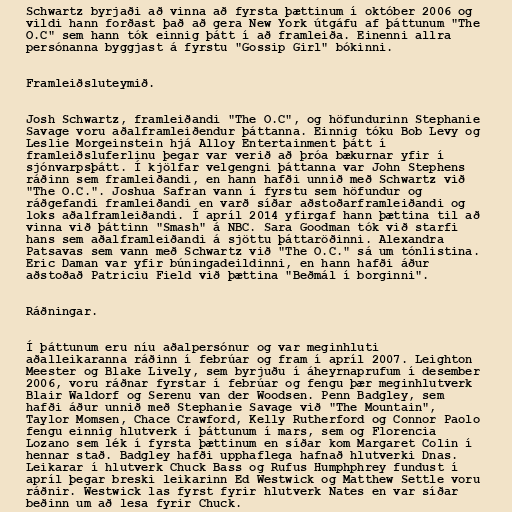
Schwartz byrjaði að vinna að fyrsta þættinum í október 2006 og
vildi hann forðast það að gera New York útgáfu af þáttunum "The
O.C" sem hann tók einnig þátt í að framleiða. Einenni allra
persónanna byggjast á fyrstu "Gossip Girl" bókinni.

Framleiðsluteymið.

Josh Schwartz, framleiðandi "The O.C", og höfundurinn Stephanie
Savage voru aðalframleiðendur þáttanna. Einnig tóku Bob Levy og
Leslie Morgeinstein hjá Alloy Entertainment þátt í
framleiðsluferlinu þegar var verið að þróa bækurnar yfir í
sjónvarpsþátt. Í kjölfar velgengni þáttanna var John Stephens
ráðinn sem framleiðandi, en hann hafði unnið með Schwartz við
"The O.C.". Joshua Safran vann í fyrstu sem höfundur og
ráðgefandi framleiðandi en varð síðar aðstoðarframleiðandi og
loks aðalframleiðandi. Í apríl 2014 yfirgaf hann þættina til að
vinna við þáttinn "Smash" á NBC. Sara Goodman tók við starfi
hans sem aðalframleiðandi á sjöttu þáttaröðinni. Alexandra
Patsavas sem vann með Schwartz við "The O.C." sá um tónlistina.
Eric Daman var yfir búningadeildinni, en hann hafði áður
aðstoðað Patriciu Field við þættina "Beðmál í borginni".

Ráðningar.

Í þáttunum eru níu aðalpersónur og var meginhluti
aðalleikaranna ráðinn í febrúar og fram í apríl 2007. Leighton
Meester og Blake Lively, sem byrjuðu í áheyrnaprufum í desember
2006, voru ráðnar fyrstar í febrúar og fengu þær meginhlutverk
Blair Waldorf og Serenu van der Woodsen. Penn Badgley, sem
hafði áður unnið með Stephanie Savage við "The Mountain",
Taylor Momsen, Chace Crawford, Kelly Rutherford og Connor Paolo
fengu einnig hlutverk í þáttunum í mars, sem og Florencia
Lozano sem lék í fyrsta þættinum en síðar kom Margaret Colin í
hennar stað. Badgley hafði upphaflega hafnað hlutverki Dnas.
Leikarar í hlutverk Chuck Bass og Rufus Humphphrey fundust í
apríl þegar breski leikarinn Ed Westwick og Matthew Settle voru
ráðnir. Westwick las fyrst fyrir hlutverk Nates en var síðar
beðinn um að lesa fyrir Chuck.